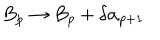
LaTeX: B _ { p } \rightarrow B _ { p } + \delta \alpha _ { p + 1 }